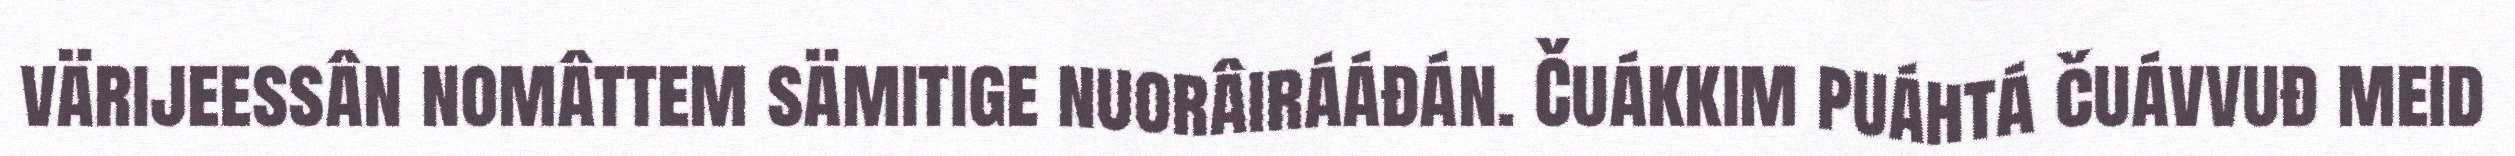
värijeessân nomâttem sämitige nuorâirááđán. Čuákkim puáhtá čuávvuđ meid